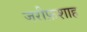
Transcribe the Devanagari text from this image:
जरीफ़शाह